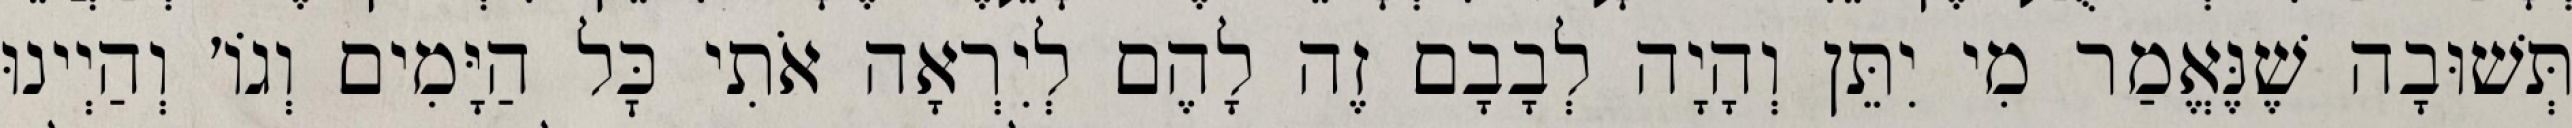
תְּשׁוּבָה שֶׁנֶּאֱמַר מִי יִתֵּן וְהָיָה לְבָבָם זֶה לָהֶם לְיִרְאָה אֹתִי כׇּל הַיָּמִים וְגוֹ׳ וְהַיְינוּ